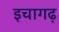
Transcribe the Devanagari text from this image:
इचागढ़